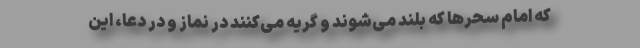
که امام سحرها که بلند می‌شوند و گریه می‌کنند در نماز و در دعا، این